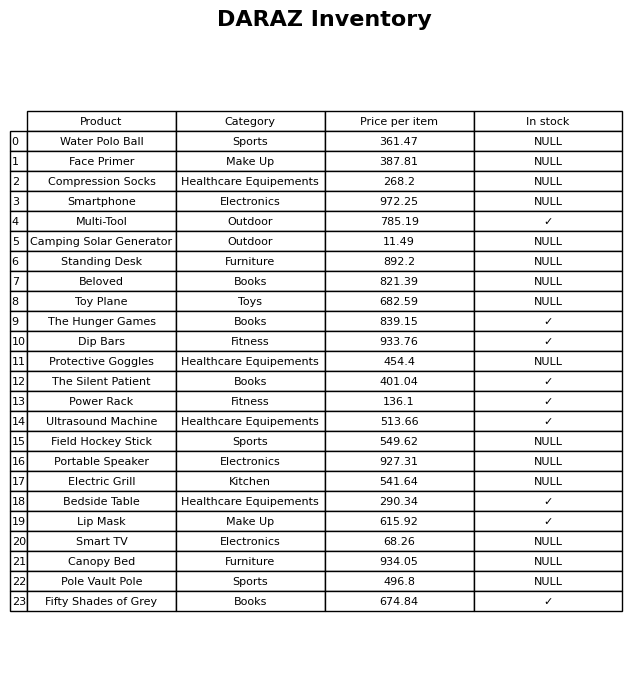
question: What is the price of the Canopy Bed?
answer: The price of Canopy Bed is 934.05.